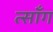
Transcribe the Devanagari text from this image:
त्साँग